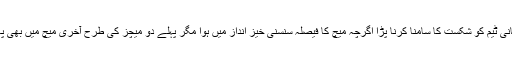
واحد ٹی20 کے بعد آخری ون ڈے میں بھی پاکستانی ٹیم کو شکست کا سامنا کرنا پڑا اگرچہ میچ کا فیصلہ سنسنی خیز انداز میں ہوا مگر پہلے دو میچز کی طرح آخری میچ میں بھی پاکستانی ٹیم کی خامیاں نمایاں طور پر دکھائی دیں۔